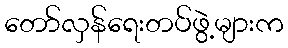
တော်လှန်ရေးတပ်ဖွဲ့များက